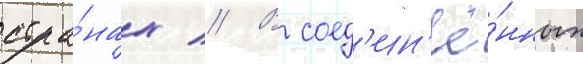
стра́нах // В соед'ин'ё́нных